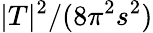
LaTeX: |T|^{2}/(8\pi^{2}s^{2})